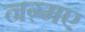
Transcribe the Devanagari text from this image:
नग़्मए